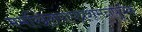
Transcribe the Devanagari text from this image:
ममखिलपापप्रशमनपूर्वक